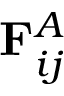
\mathbf { F } _ { i j } ^ { A }